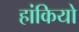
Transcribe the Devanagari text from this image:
हांकियो